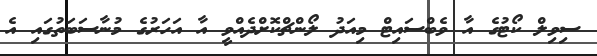
ސިވިލް ކޯޓުގެ އާ ވެބްސައިޓް މިއަދު ލޯންޗްކޮށްދެއްވީ އާ އަހަރުގެ މުނާސަބަތުގައި އެ